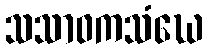
သသာဝကသံဃေ